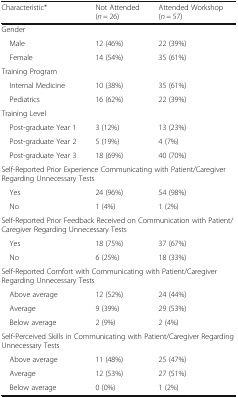
| Characteristic* | Not Attended (n = 26) | Attended Workshop (n = 57) |
 | --- | --- | --- |
 | <COLSPAN=3> Gender |
 | Male | 12 (46%) | 22 (39%) |
 | Female | 14 (54%) | 35 (61%) |
 | <COLSPAN=3> Training Program |
 | Internal Medicine | 10 (38%) | 35 (61%) |
 | Pediatrics | 16 (62%) | 22 (39%) |
 | <COLSPAN=3> Training Level |
 | Post-graduate Year 1 | 3 (12%) | 13 (23%) |
 | Post-graduate Year 2 | 5 (19%) | 4 (7%) |
 | Post-graduate Year 3 | 18 (69%) | 40 (70%) |
 | <COLSPAN=3> Self-Reported Prior Experience Communicating with Patient/Caregiver Regarding Unnecessary Tests |
 | Yes | 24 (96%) | 54 (98%) |
 | No | 1 (4%) | 1 (2%) |
 | <COLSPAN=3> Self-Reported Prior Feedback Received on Communication with Patient/Caregiver Regarding Unnecessary Tests |
 | Yes | 18 (75%) | 37 (67%) |
 | No | 6 (25%) | 18 (33%) |
 | <COLSPAN=3> Self-Reported Comfort with Communicating with Patient/Caregiver Regarding Unnecessary Tests |
 | Above average | 12 (52%) | 24 (44%) |
 | Average | 9 (39%) | 29 (53%) |
 | Below average | 2 (9%) | 2 (4%) |
 | <COLSPAN=3> Self-Perceived Skills in Communicating with Patient/Caregiver Regarding Unnecessary Tests |
 | Above average | 11 (48%) | 25 (47%) |
 | Average | 12 (53%) | 27 (51%) |
 | Below average | 0 (0%) | 1 (2%) |